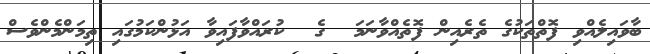
ބާވައިލެއްވި ފޮތްތަކުގެ ތެރެއިން ފޮތެއްވާނަމަ  ގެ  ކުރައްވާފައިވާ އަޅުންކަމުގައި ތިމަންމެންވެސް